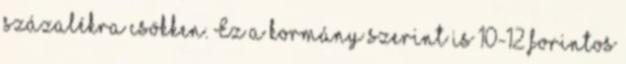
százalékra csökken. Ez a kormány szerint is 10-12 forintos